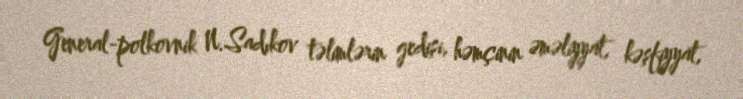
General-polkovnik N.Sadıkov təlimlərin gedişi, həmçinin əməliyyat, kəşfiyyat,